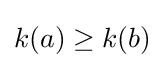
k(a)\geq k(b)